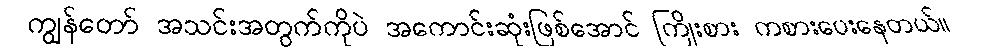
ကျွန်တော် အသင်းအတွက်ကိုပဲ အကောင်းဆုံးဖြစ်အောင် ကြိုးစား ကစားပေးနေတယ်။